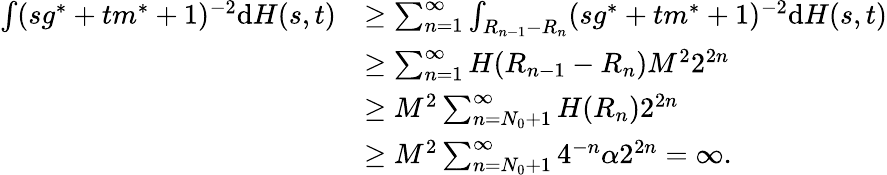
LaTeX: \begin{array}{rl}{\int(sg^{*}+tm^{*}+1)^{-2}\mathrm{d}H(s,t)}&{\geq\sum_{n=1}^{\infty}\int_{R_{n-1}-R_{n}}(sg^{*}+tm^{*}+1)^{-2}\mathrm{d}H(s,t)}\\ &{\geq\sum_{n=1}^{\infty}H(R_{n-1}-R_{n})M^{2}2^{2n}}\\ &{\geq M^{2}\sum_{n=N_{0}+1}^{\infty}H(R_{n})2^{2n}}\\ &{\geq M^{2}\sum_{n=N_{0}+1}^{\infty}4^{-n}\alpha 2^{2n}=\infty.}\end{array}